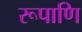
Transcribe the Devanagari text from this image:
रूपाणि